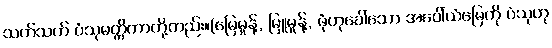
သက်သက် ပံသုမတ္တိကာတို့တည်း။(မြေမှုန့်, မြူမှုန့်, ဖုံဟုခေါ်သော အပေါ်ယံမြေကို ပံသုဟု